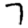
Digit: 7